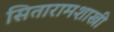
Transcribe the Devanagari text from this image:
सितारामशास्त्री